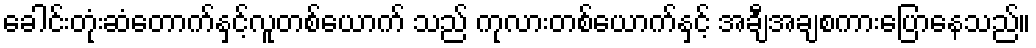
ခေါင်းတုံးဆံတောက်နှင့်လူတစ်ယောက် သည် ကုလားတစ်ယောက်နှင့် အချီအချစကားပြောနေသည်။